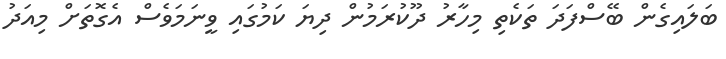
ބަލައިގެން ބޭސްފަދަ ތަކެތި މިހާރު ދޫކުރަމުން ދިޔަ ކަމުގައި ވީނަމަވެސް އެގޮތަށް މިއަދު